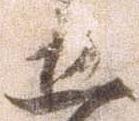
五